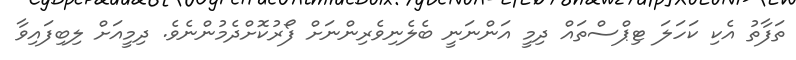
ތަފާތު އެކި ކަހަލަ ޓިޕްސްތައް ދިމީ އަންނަނީ ބެލެނިވެރިންނަށް ފޯރުކޮށްދެމުންނެވެ. ދިމީއަށް ލިބިފައިވާ